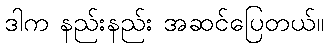
ဒါက နည်းနည်း အဆင်ပြေတယ်။